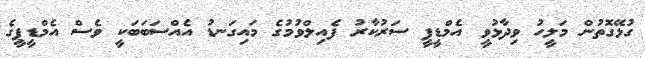
ގުޅޭގޮތުން މަލީހު ވިދާޅުވީ އެމްޑީޕީ ސަރުކާރު ފެއިލްވުމުގެ މައިގަނޑު އެއްސަބަބަކީ ވެސް އެމްޑީޕީގެ